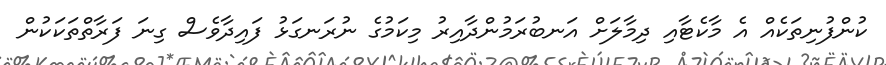
ކުންފުނިތަކެއް އެ މާކެޓާއި ދިމާލަށް އަނބުރަމުންދާއިރު މިކަމުގެ ނުރަނގަޅު ފައިދާވެސް ގިނަ ފަރާތްތަކަކުން